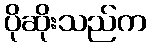
ပိုဆိုးသည်က